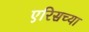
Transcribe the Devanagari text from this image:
एरिसच्या